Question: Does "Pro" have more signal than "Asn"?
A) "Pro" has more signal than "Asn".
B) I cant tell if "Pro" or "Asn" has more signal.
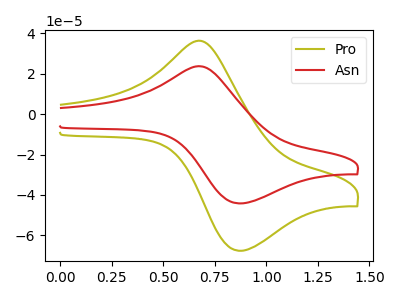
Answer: <think>The olive curve "Pro" has an anodic peak at (0.70V, 36.10uA) and a cathodic peak at (0.85V, -67.70uA). The red curve "Asn" has an anodic peak at (0.70V, 23.55uA) and a cathodic peak at (0.85V, -44.20uA).
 All the peaks in "Pro" have a peak in "Asn" at the same potential. Every peak in "Pro" is higher than every peak in "Asn".</think>
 <answer>A) "Pro" has more signal than "Asn".</answer>
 <eval>A</eval>